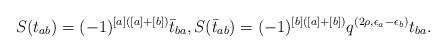
LaTeX: \begin{align*}S(t_{ab})=(-1)^{[a]([a]+[b])}\bar{t}_{ba},S(\bar{t}_{ab})=(-1)^{[b]([a]+[b])}q^{(2\rho,\epsilon_a-\epsilon_b)}t_{ba}.\end{align*}